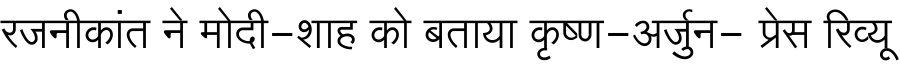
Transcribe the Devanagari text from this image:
रजनीकांत ने मोदी-शाह को बताया कृष्ण-अर्जुन- प्रेस रिव्यू